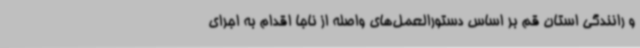
و رانندگی استان قم بر اساس دستورالعمل‌های واصله از ناجا اقدام به اجرای